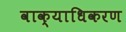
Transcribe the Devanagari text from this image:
वाक्याधिकरण